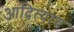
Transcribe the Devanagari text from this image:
आदित्याय